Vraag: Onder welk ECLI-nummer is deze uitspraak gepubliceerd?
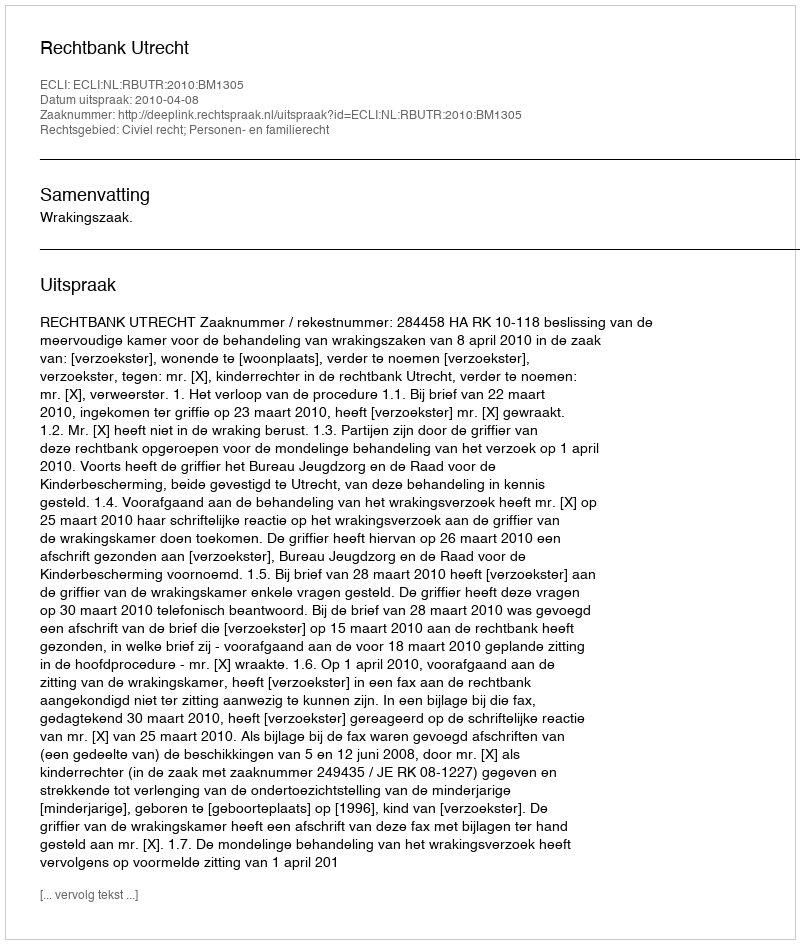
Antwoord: ECLI:NL:RBUTR:2010:BM1305